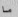
ما